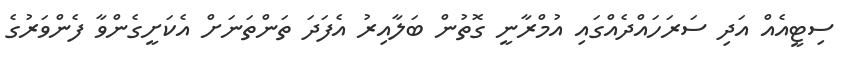
ސިޓީއެއް އަދި ސަރަހައްދެއްގައި އުމްރާނީ ގޮތުން ބަލާއިރު އެފަދަ ތަންތަނަށް އެކަށީގެންވާ ފެންވަރުގެ